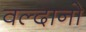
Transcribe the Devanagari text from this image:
वल्दानो